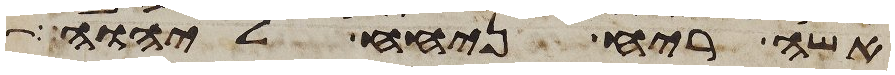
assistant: אשה ריח ניחח ליהוה